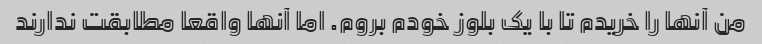
من آنها را خریدم تا با یک بلوز خودم بروم. اما آنها واقعا مطابقت ندارند